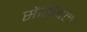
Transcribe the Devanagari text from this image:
सेंसिबल